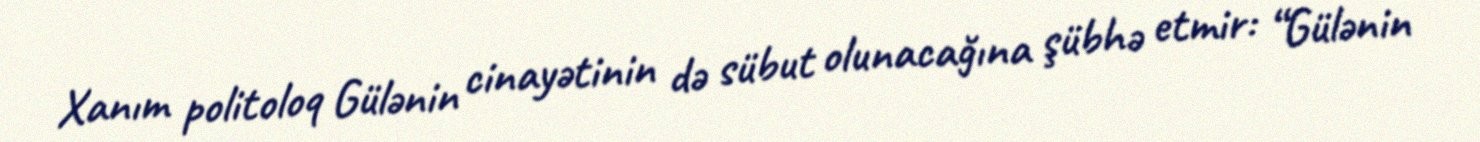
Xanım politoloq Gülənin cinayətinin də sübut olunacağına şübhə etmir: “Gülənin